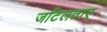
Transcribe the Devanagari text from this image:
जटिलताए